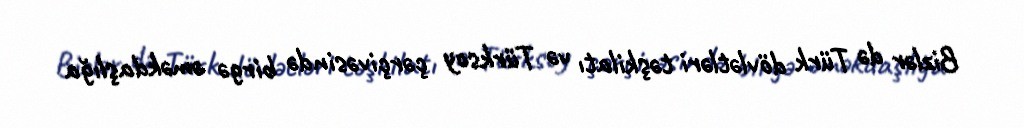
Bizlər də Türk dövlətləri təşkilatı və Türksoy çərçivəsində birgə əməkdaşlığa